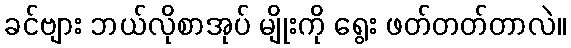
ခင်ဗျား ဘယ်လိုစာအုပ် မျိုးကို ရွေး ဖတ်တတ်တာလဲ။